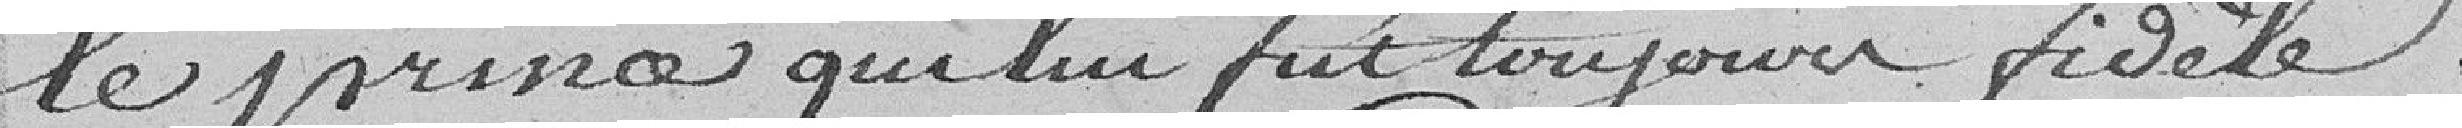
le prince qui lui fut toujours fidèle